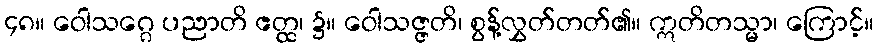
၄၈။ ဝေါသဂ္ဂေ ပညာတိ ဧတ္ထ၊ ၌။ ဝေါသဇ္ဇတိ၊ စွန့်လွှတ်တတ်၏။ ဣတိတသ္မာ၊ ကြောင့်။